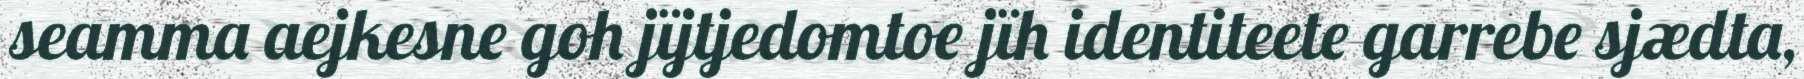
seamma aejkesne goh jïjtjedomtoe jïh identiteete garrebe sjædta,